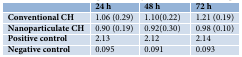
<table><thead><tr><td></td><td><b>24 h</b></td><td><b>48 h</b></td><td><b>72 h</b></td></tr></thead><tbody><tr><td><b>Conventional CH</b></td><td>1.06 (0.29)</td><td>1.10(0.22)</td><td>1.21 (0.19)</td></tr><tr><td><b>Nanoparticulate CH</b></td><td>0.90 (0.19)</td><td>0.92(0.30)</td><td>0.98 (0.10)</td></tr><tr><td><b>Positive control</b></td><td>2.13</td><td>2.12</td><td>2.14</td></tr><tr><td><b>Negative control</b></td><td>0.095</td><td>0.091</td><td>0.093</td></tr></tbody></table>